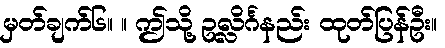
မှတ်ချက်၆။ ။ ဤသို့ ဥလ္လိင်္ဂနည်း ထုတ်ပြန်ဦး။